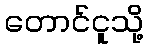
တောင်ငူသို့